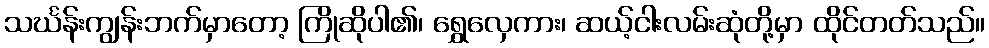
သင်္ဃန်းကျွန်းဘက်မှာတော့ ကြိုဆိုပါ၏၊ ရွှေလှေကား၊ ဆယ့်ငါးလမ်းဆုံတို့မှာ ထိုင်တတ်သည်။